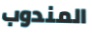
المندوب